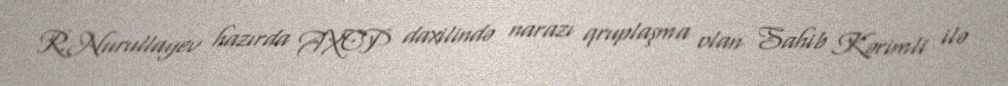
R.Nurullayev hazırda AXCP daxilində narazı qruplaşma olan Sahib Kərimli ilə